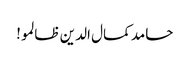
حامد کمال الدین ظالمو!